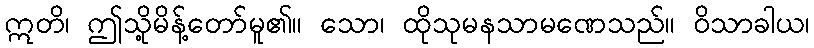
ဣတိ၊ ဤသို့မိန့်တော်မူ၏။ သော၊ ထိုသုမနသာမဏေသည်။ ဝိသာခါယ၊